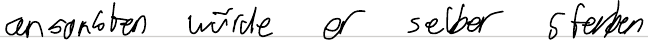
ansonsten würde er selber sterben